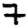
Digit: 7